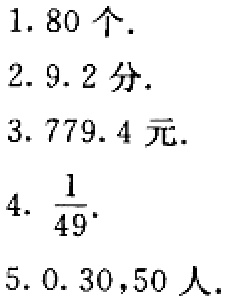
1. \(80\)个.

2. \(9.2\)分.

3. \(779.4\)元.

4. \(\frac{1}{49}\).

5. \(0.30,50\)人.